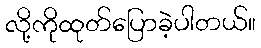
လို့ကိုထုတ်ပြောခဲ့ပါတယ်။